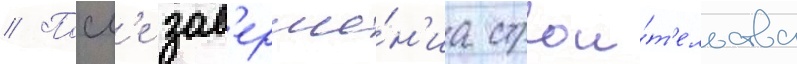
// Посл'е зав'ерше́н'иа строи́т'ельства